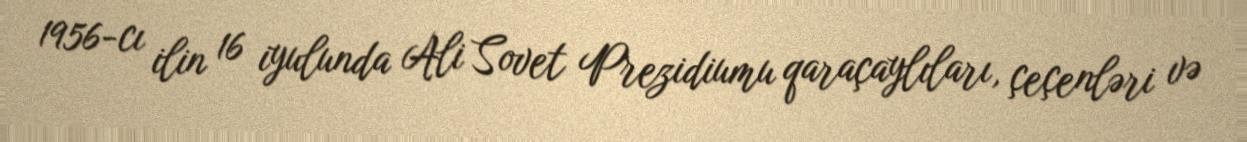
1956-cı ilin 16 iyulunda Ali Sovet Prezidiumu qaraçaylıları, çeçenləri və